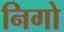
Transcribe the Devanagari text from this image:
निगो